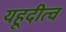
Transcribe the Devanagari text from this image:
यहूदीत्व